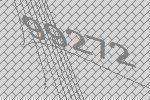
99272